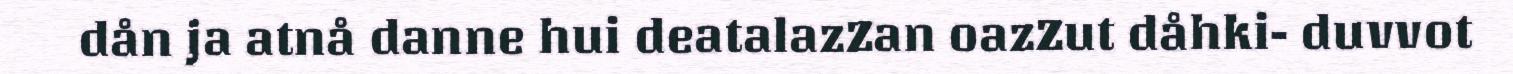
dån ja atnå danne hui deatalazZan oazZut dåhki- duvvot